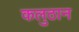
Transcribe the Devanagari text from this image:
कलुठान